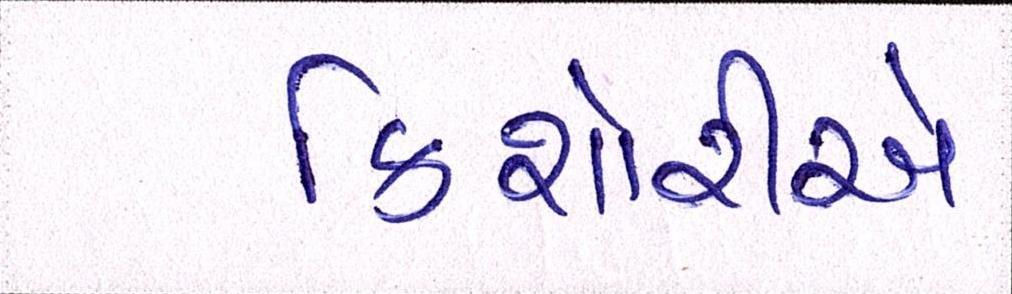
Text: કિશોરીએ